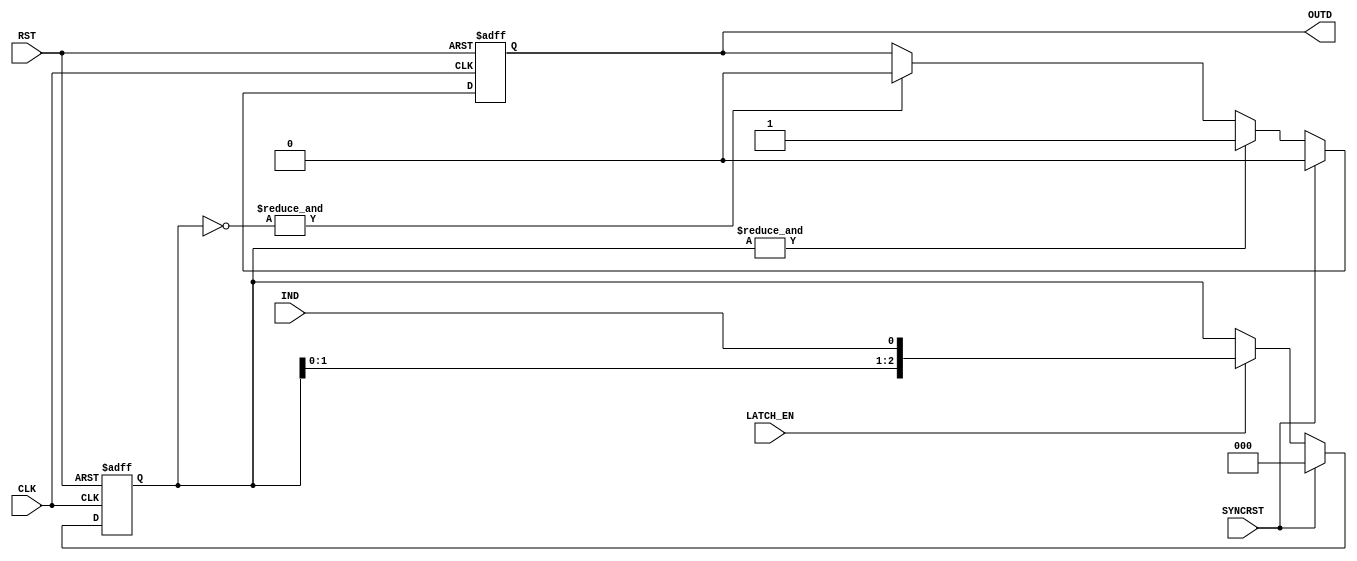
`timescale 1ns / 1ps
//////////////////////////////////////////////////////////////////////////////////
// Company: 
// Engineer: 
// 
// Design Name: 
// Module Name: LPF
// Project Name: 
// Target Devices: 
// Tool Versions: 
// Description: 
// 
// Dependencies: 
// 
// Revision:
// Revision 0.01 - File Created
// Additional Comments:
// 
//////////////////////////////////////////////////////////////////////////////////


module LPF #(
    parameter INIT  = 1'b0          , // 
    parameter WIDTH = 1               // 
  )(
    input  wire CLK                 , // 
    input  wire RST                 , // 
    input  wire SYNCRST             , // 
    input  wire LATCH_EN            , // 
    input  wire [WIDTH-1:0] IND   , // 
    output wire [WIDTH-1:0] OUTD    // 
  );
  
//====================================================================================
// reg
//====================================================================================
  
  reg [      2:0] s_lpf [WIDTH-1:0] ;
  reg [WIDTH-1:0] outd_d;
  
//************************************************************************************
// main
//************************************************************************************
  
  genvar i;
  generate
    for (i=0; i<WIDTH; i=i+1) begin : GEN_LPF_SHIFTR
      always @(posedge CLK or posedge RST) begin
        if (RST) begin
          s_lpf[i] <= {3{INIT}};
        end else if (SYNCRST) begin  
          s_lpf[i] <= {3{INIT}};
        end else begin
          if (LATCH_EN) begin
            s_lpf[i] <= {s_lpf[i][1:0], IND[i]};
          end else begin
            s_lpf[i] <= s_lpf[i];
          end
        end
      end
    end
  endgenerate
  
  genvar j;
  generate
    for (j=0; j<WIDTH; j=j+1) begin : GEN_LPF_OUT
      always @(posedge CLK or posedge RST) begin
        if (RST) begin
          outd_d[j] <= INIT;
        end else if (SYNCRST) begin
          outd_d[j] <= INIT;
        end else if (&s_lpf[j]) begin
          outd_d[j] <= 1'b1;
        end else if (&(~s_lpf[j])) begin
          outd_d[j] <= 1'b0;
        end else begin
          outd_d[j] <= outd_d[j];
        end
      end
    end
  endgenerate
  
//====================================================================================
// output
//====================================================================================
  
  assign OUTD = outd_d;
  
endmodule